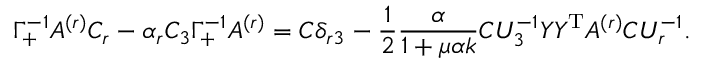
\Gamma _ { + } ^ { - 1 } A ^ { ( r ) } C _ { r } - \alpha _ { r } C _ { 3 } \Gamma _ { + } ^ { - 1 } A ^ { ( r ) } = C \delta _ { r 3 } - \frac { 1 } { 2 } \frac { \alpha } { 1 + \mu \alpha k } C U _ { 3 } ^ { - 1 } Y Y ^ { \mathrm { T } } A ^ { ( r ) } C U _ { r } ^ { - 1 } .